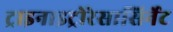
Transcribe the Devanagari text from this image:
ट्राइनाइट्रोरेसासिर्नेट